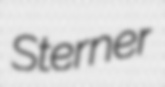
Sterner